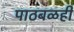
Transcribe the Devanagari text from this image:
पाठबळही